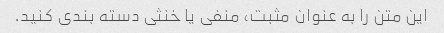
این متن را به عنوان مثبت، منفی یا خنثی دسته بندی کنید.